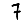
Digit: 7